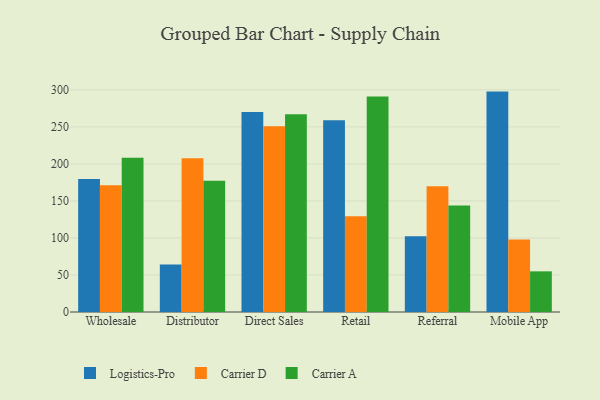
{"axis": {"x": "Channel", "y": "Backlog"}, "legend": ["Carrier A", "Carrier D", "Logistics-Pro"], "data": [{"x": "Wholesale", "y": 179.6, "type": "Logistics-Pro"}, {"x": "Wholesale", "y": 171.2, "type": "Carrier D"}, {"x": "Wholesale", "y": 208.4, "type": "Carrier A"}, {"x": "Distributor", "y": 64.1, "type": "Logistics-Pro"}, {"x": "Distributor", "y": 207.6, "type": "Carrier D"}, {"x": "Distributor", "y": 177.2, "type": "Carrier A"}, {"x": "Direct Sales", "y": 270.1, "type": "Logistics-Pro"}, {"x": "Direct Sales", "y": 250.8, "type": "Carrier D"}, {"x": "Direct Sales", "y": 266.9, "type": "Carrier A"}, {"x": "Retail", "y": 258.8, "type": "Logistics-Pro"}, {"x": "Retail", "y": 129.2, "type": "Carrier D"}, {"x": "Retail", "y": 290.9, "type": "Carrier A"}, {"x": "Referral", "y": 102.2, "type": "Logistics-Pro"}, {"x": "Referral", "y": 169.7, "type": "Carrier D"}, {"x": "Referral", "y": 143.7, "type": "Carrier A"}, {"x": "Mobile App", "y": 297.6, "type": "Logistics-Pro"}, {"x": "Mobile App", "y": 97.8, "type": "Carrier D"}, {"x": "Mobile App", "y": 54.9, "type": "Carrier A"}]}